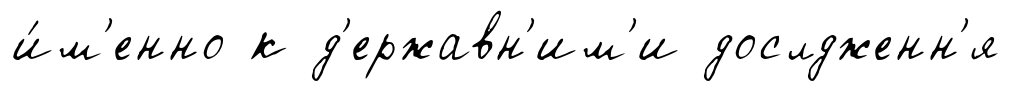
и́м'енно к д'ержавн'им'и дослдженн'я